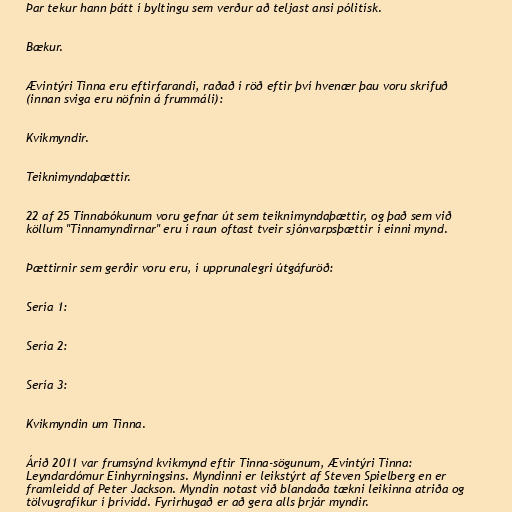
Þar tekur hann þátt í byltingu sem verður að teljast ansi pólitísk.

Bækur.

Ævintýri Tinna eru eftirfarandi, raðað í röð eftir því hvenær þau voru skrifuð
(innan sviga eru nöfnin á frummáli):

Kvikmyndir.

Teiknimyndaþættir.

22 af 25 Tinnabókunum voru gefnar út sem teiknimyndaþættir, og það sem við
köllum "Tinnamyndirnar" eru í raun oftast tveir sjónvarpsþættir í einni mynd.

Þættirnir sem gerðir voru eru, í upprunalegri útgáfuröð:

Sería 1:

Sería 2:

Sería 3:

Kvikmyndin um Tinna.

Árið 2011 var frumsýnd kvikmynd eftir Tinna-sögunum, Ævintýri Tinna:
Leyndardómur Einhyrningsins. Myndinni er leikstýrt af Steven Spielberg en er
framleidd af Peter Jackson. Myndin notast við blandaða tækni leikinna atriða og
tölvugrafíkur í þrívídd. Fyrirhugað er að gera alls þrjár myndir.